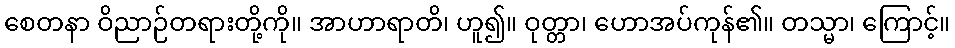
စေတနာ ဝိညာဉ်တရားတို့ကို။ အာဟာရာတိ၊ ဟူ၍။ ဝုတ္တာ၊ ဟောအပ်ကုန်၏။ တသ္မာ၊ ကြောင့်။